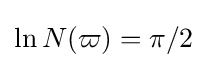
\ln N(\varpi )=\pi /2